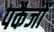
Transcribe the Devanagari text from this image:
पकैजों